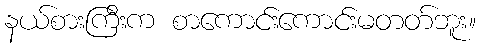
နယ်စားကြီးက စာကောင်းကောင်းမတတ်ဘူး။